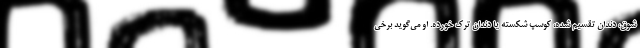
شوق، دندان تقسیم شده، کوسپ شکسته یا دندان ترک خورده. او می‌گوید برخی